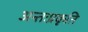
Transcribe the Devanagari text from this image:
अन्तःप्रकृति